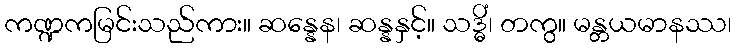
ကဏ္ဍကမြင်းသည်ကား။ ဆန္နေန၊ ဆန္နနှင့်။ သဒ္ဓိံ၊ တကွ။ မန္တယမာနဿ၊